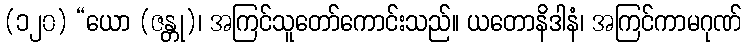
(၁၂၀) “ယော (ဇန္တု)၊ အကြင်သူတော်ကောင်းသည်။ ယတောနိဒါနံ၊ အကြင်ကာမဂုဏ်